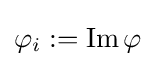
\varphi _{i}:=\operatorname {Im} \varphi